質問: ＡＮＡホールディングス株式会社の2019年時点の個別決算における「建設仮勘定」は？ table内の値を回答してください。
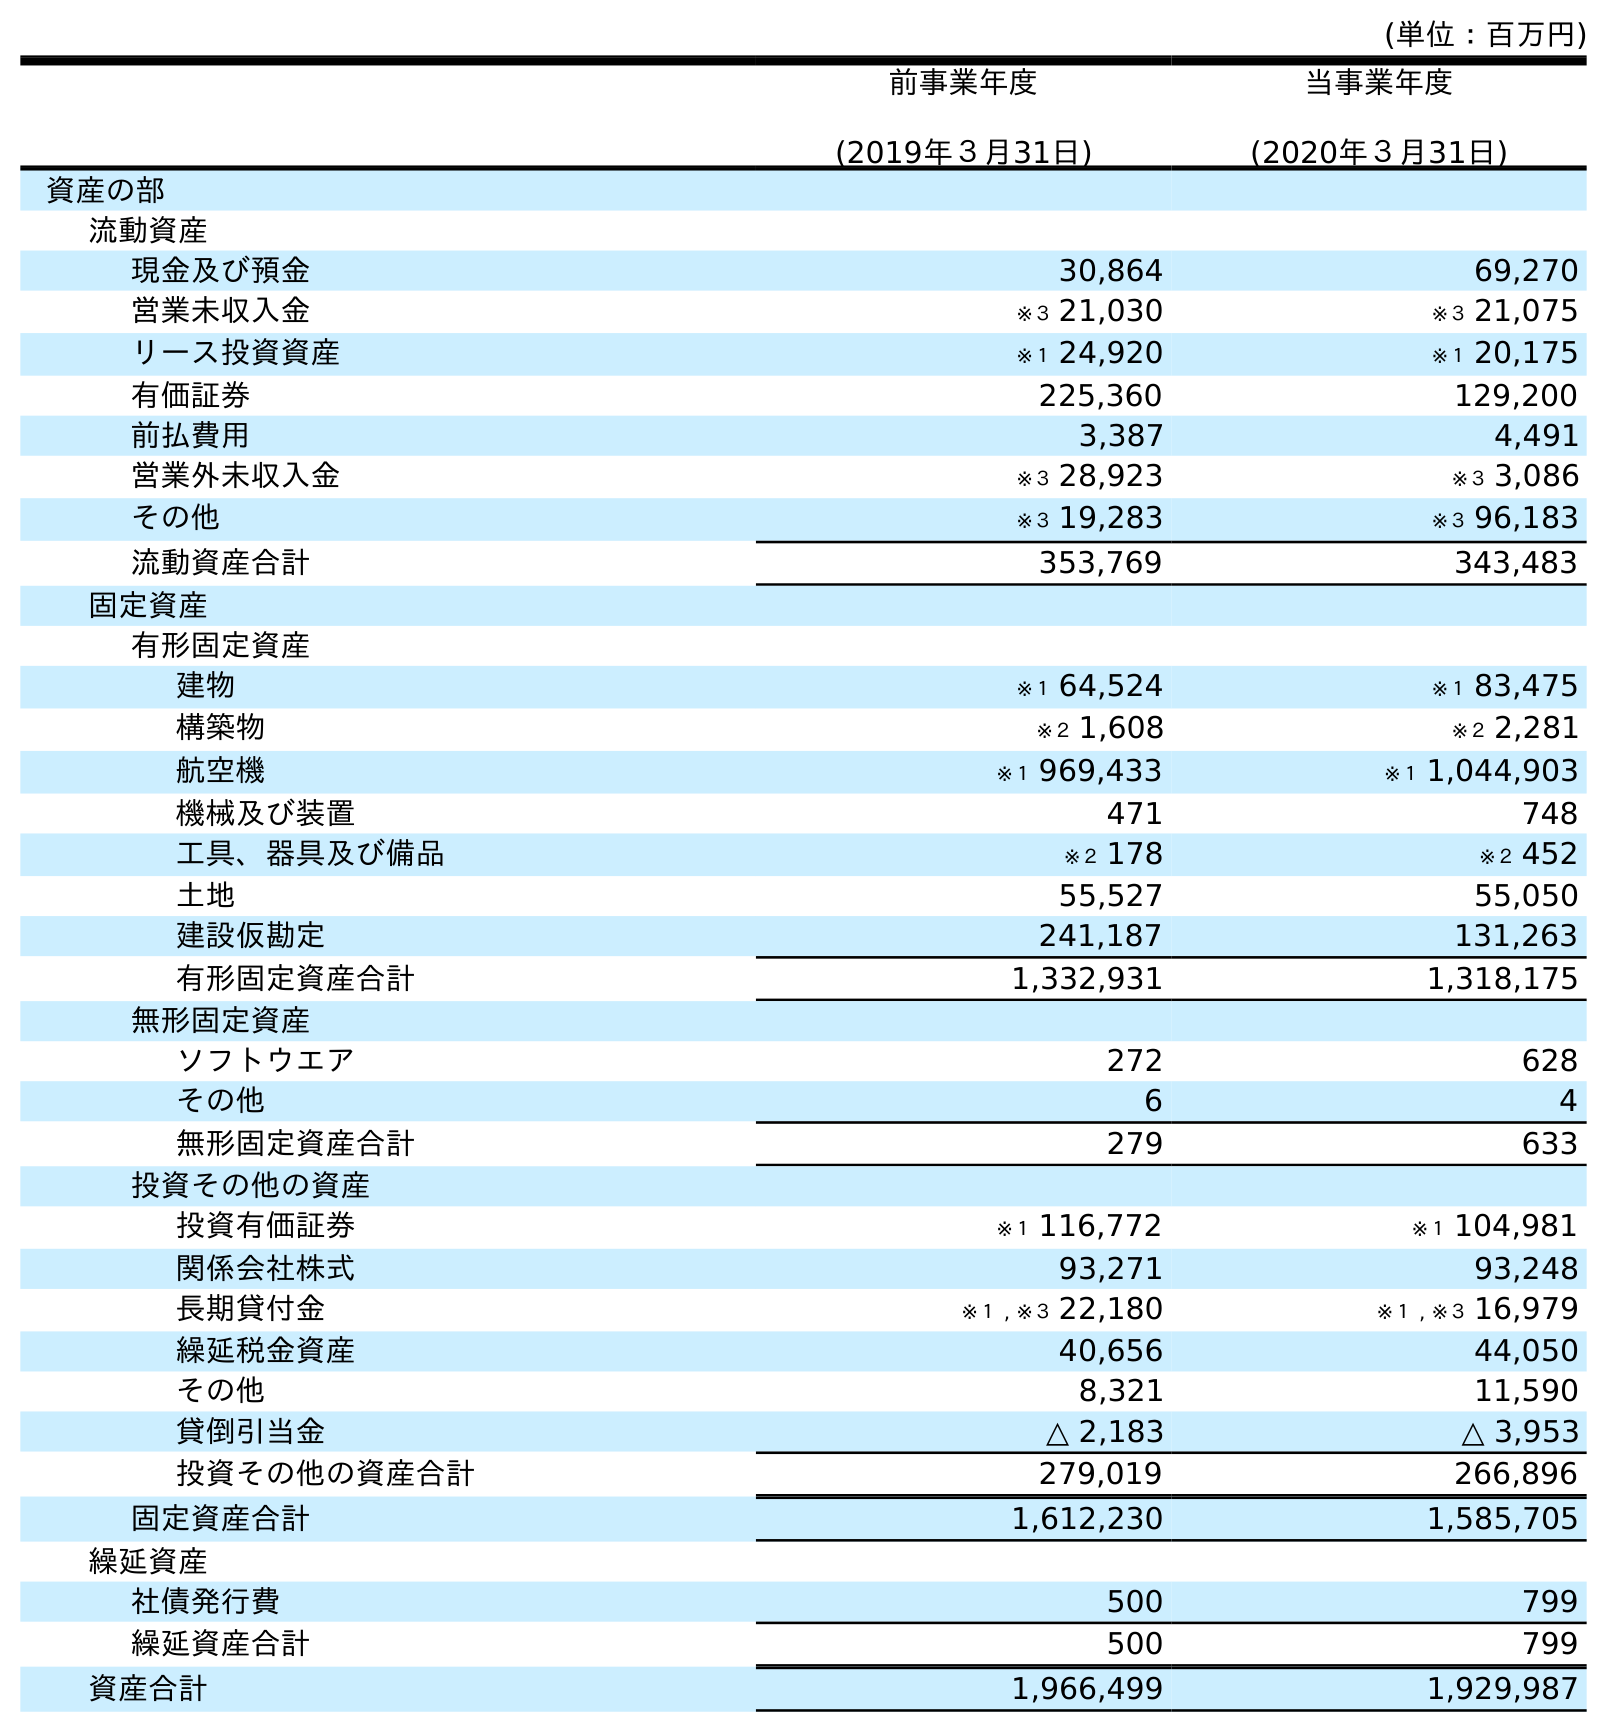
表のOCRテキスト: (単位：百万円) 前事業年度 (2019年３月31日) 当事業年度 (2020年３月31日) 資産の部 流動資産 現金及び預金 30,864 69,270 営業未収入金 ※３ 21,030 ※３ 21,075 リース投資資産 ※１ 24,920 ※１ 20,175 有価証券 225,360 129,200 前払費用 3,387 4,491 営業外未収入金 ※３ 28,923 ※３ 3,086 その他 ※３ 19,283 ※３ 96,183 流動資産合計 353,769 343,483 固定資産 有形固定資産 建物 ※１ 64,524 ※１ 83,475 構築物 ※２ 1,608 ※２ 2,281 航空機 ※１ 969,433 ※１ 1,044,903 機械及び装置 471 748 工具、器具及び備品 ※２ 178 ※２ 452 土地 55,527 55,050 建設仮勘定 241,187 131,263 有形固定資産合計 1,332,931 1,318,175 無形固定資産 ソフトウエア 272 628 その他 6 4 無形固定資産合計 279 633 投資その他の資産 投資有価証券 ※１ 116,772 ※１ 104,981 関係会社株式 93,271 93,248 長期貸付金 ※１ , ※３ 22,180 ※１ , ※３ 16,979 繰延税金資産 40,656 44,050 その他 8,321 11,590 貸倒引当金 △ 2,183 △ 3,953 投資その他の資産合計 279,019 266,896 固定資産合計 1,612,230 1,585,705 繰延資産 社債発行費 500 799 繰延資産合計 500 799 資産合計 1,966,499 1,929,987
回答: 241,187